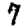
Digit: 7